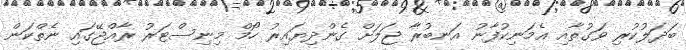
ބަދަލުކުރި ވަގުތާއި އެމަނިކުފާނު އަނބުރާ ޖަލަށް ގެންދިިޔައިރު ހޯމް މިނިސްޓަރު ރާއްޖޭގައި ނެތްކަން